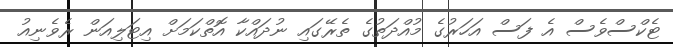
ޓެކްސްވެސް އެ ފަސް އަހަރުގެ މުއްދަތުގެ ތެރޭގައި ނުދައްކާ އޮތްކަމަށް އިޓަލިއަން ރެވެނިއު